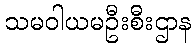
သမဝါယမဦးစီးဌာန